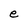
Character: e